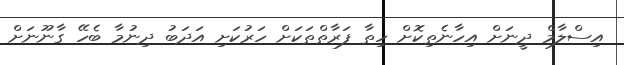
އިސްލާމް ދީނަށް އިހާނެތިކޮށް ހިތާ ފަރާތްތަކަށް ހަރުކަށި އަދަބު ދިނުމާ ބެހޭ ގާނޫނަށް